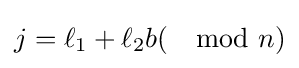
j=\ell _{1}+\ell _{2}b(\mod n)